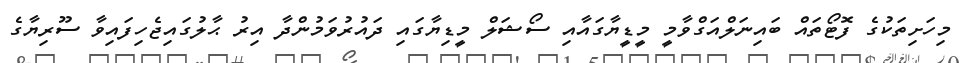
މިހަށިތަކުގެ ފޮޓޯތައް ބައިނަލްއަގްވާމީ މީޑީޔާގައާއި ސޯޝަލް މީޑިޔާގައި ދައުރުވަމުންދާ އިރު ޙާލުގައިޖެހިފައިވާ ސޫރިޔާގެ